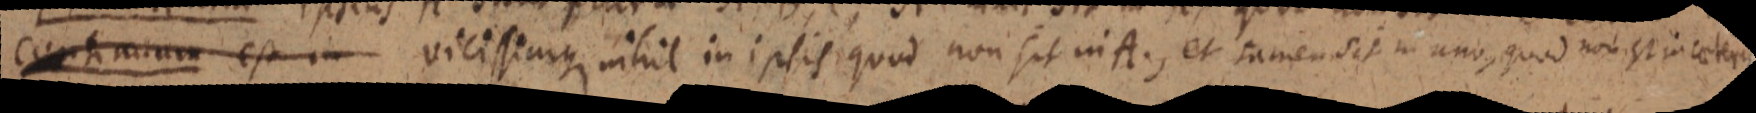
Continuum est in vicissimus nihil in ipsis quod non sit in A; et tamen sit in uno, quod non est in conterus